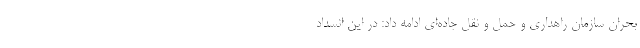
بحران سازمان راهداری و حمل و نقل جاده‌ای ادامه داد: در این انسداد